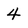
Character: 4